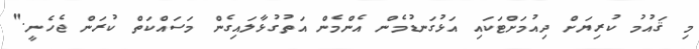
މި ޤައުމު ކުރިޔަށް ދިއުމަށްޓަކައި އަޅުގަނޑުމެން އެންމެން އަތުގުޅާލައިގެން މަސައްކަތް ކުރަން ޖެހެނީ."